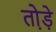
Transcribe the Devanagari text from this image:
तो़ड़े